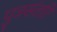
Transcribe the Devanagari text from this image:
पुत्रसंतति